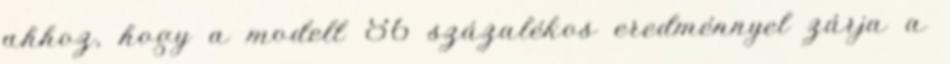
ahhoz, hogy a modell 86 százalékos eredménnyel zárja a